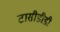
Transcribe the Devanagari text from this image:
टासीडीडी